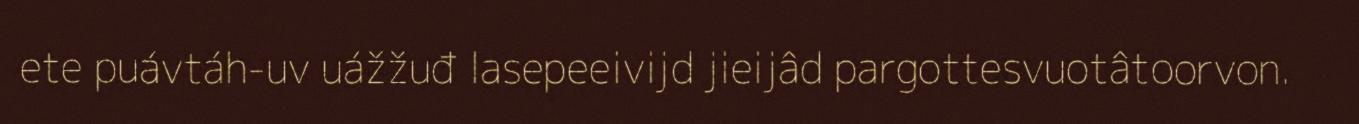
ete puávtáh-uv uážžuđ lasepeeivijd jieijâd pargottesvuotâtoorvon.